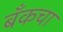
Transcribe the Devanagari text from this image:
बँकचा